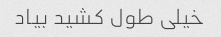
خیلی طول کشید بیاد